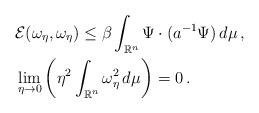
LaTeX: \begin{align*} & \mathcal{E}(\omega_{\eta},\omega_{\eta})\le \beta \int_{\mathbb{R}^n} \Psi\cdot (a^{-1} \Psi)\, d\mu\,, \\ & \lim_{\eta \rightarrow 0} \bigg(\eta^2 \int_{\mathbb{R}^n} \omega_{\eta}^2\, d\mu\bigg) = 0\,. \end{align*}